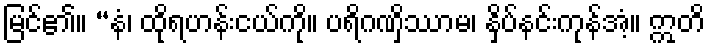
မြင်၏။ “နံ၊ ထိုရဟန်းငယ်ကို။ ပရိဂဏှိဿာမ၊ နှိပ်နင်းကုန်အံ့။ ဣတိ